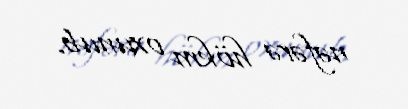
nəfərə hökm oxunub.